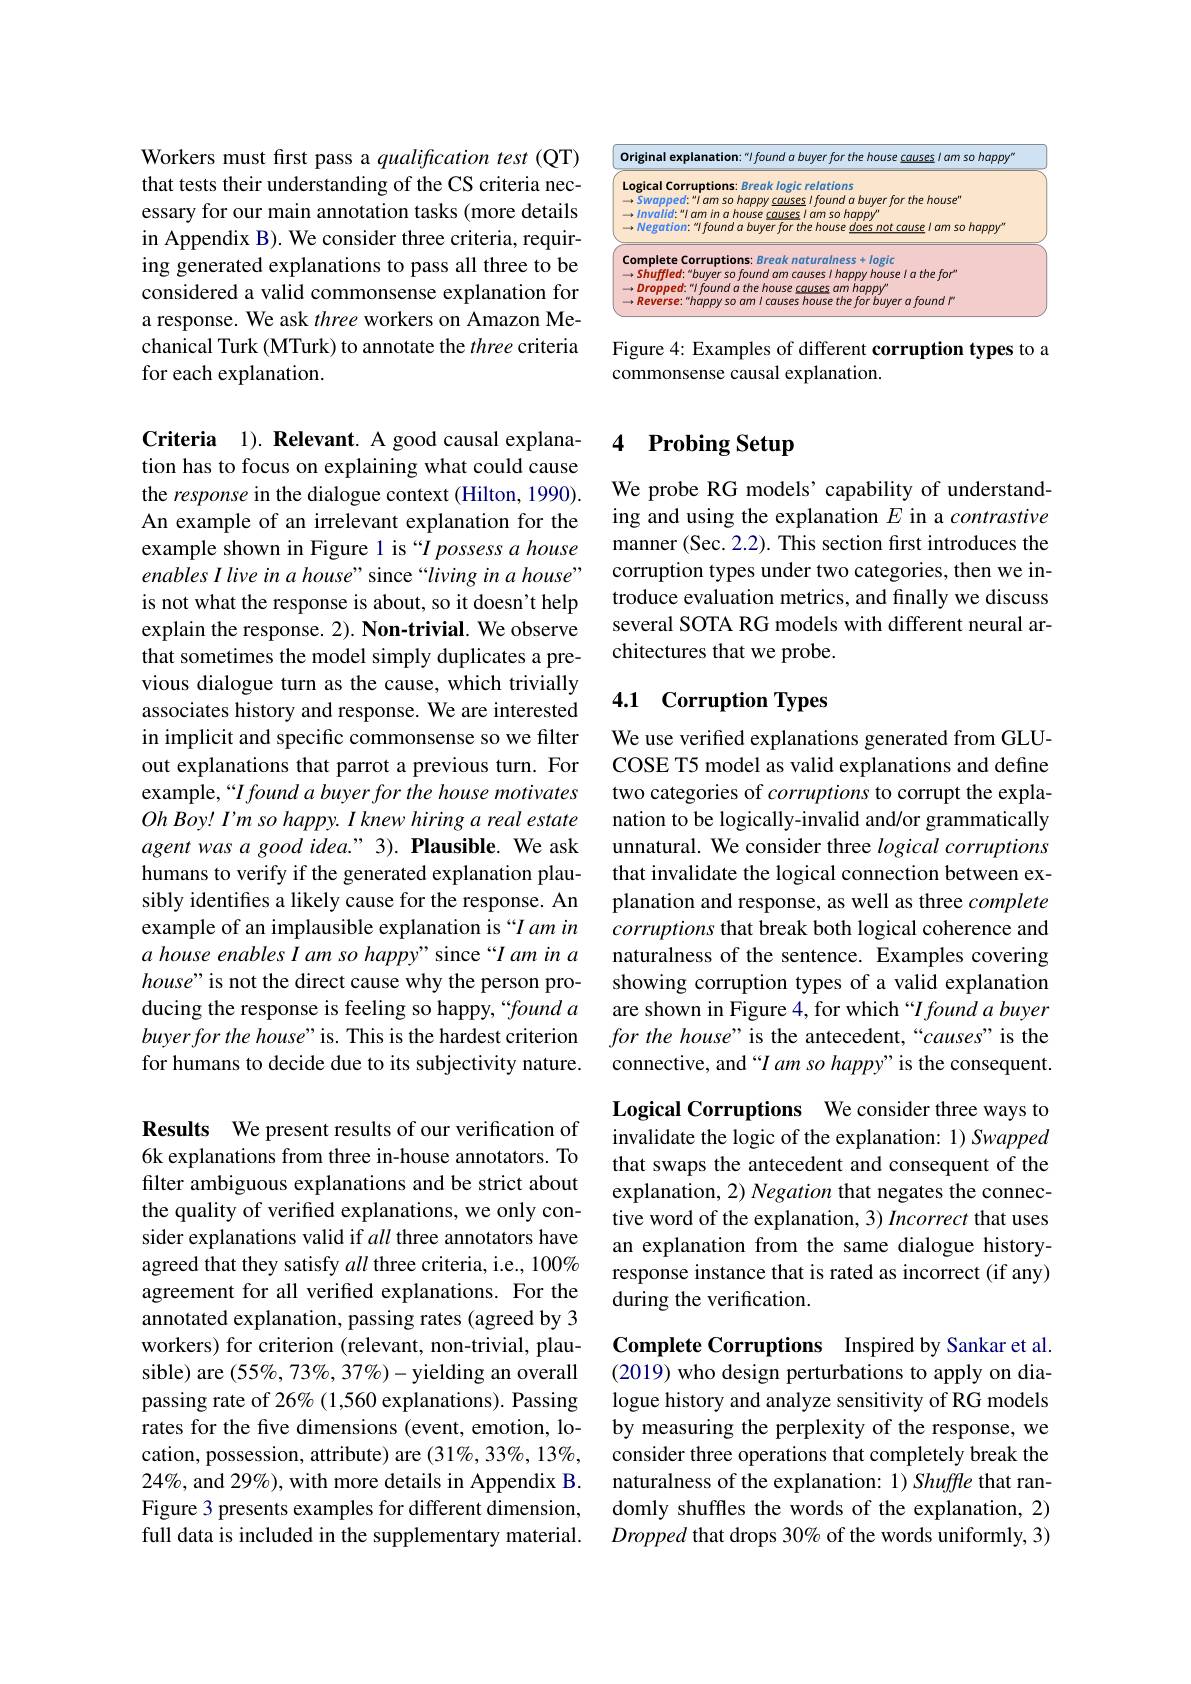
Workers must first pass a qualification test (QT) that tests their understanding of the CS criteria necessary for our main annotation tasks (more details in Appendix B). We consider three criteria, requiring generated explanations to pass all three to be considered a valid commonsense explanation for a response. We ask three workers on Amazon Mechanical Turk (MTurk) to annotate the three criteria for each explanation.

Criteria 1). Relevant. A good causal explanation has to focus on explaining what could cause the response in the dialogue context (Hilton, 1990). An example of an irrelevant explanation for the example shown in Figure 1 is “I possess a house enables I live in a house" since “living in a house” is not what the response is about, so it doesn't help explain the response. 2). Non-trivial. We observe that sometimes the model simply duplicates a previous dialogue turn as the cause, which trivially associates history and response. We are interested in implicit and specific commonsense so we filter out explanations that parrot a previous turn. For example,“I found a buyer for the house motivates Oh Boy! I'm so happy. I knew hiring a real estate agent was a good idea." 3). Plausible. We ask humans to verify if the generated explanation plausibly identifies a likely cause for the response. An example of an implausible explanation is “I am in a house enables I am so happy" since “I am in a house" is not the direct cause why the person producing the response is feeling so happy,“found a $buyerforthe\textit{house" is. This is the hardest criterion}$ for humans to decide due to its subjectivity nature.

Results We present results of our verification of 6k explanations from three in-house annotators. To filter ambiguous explanations and be strict about the quality of verified explanations, we only consider explanations valid if all three annotators have agreed that they satisfy all three criteria, i.e., 100% agreement for all verified explanations. For the annotated explanation, passing rates (agreed by 3 workers) for criterion (relevant, non-trivial, plausible) are $(55\%,73\%,37\%)-$yielding an overall passing rate of 26% (1,560 explanations). Passing rates for the five dimensions (event, emotion, location, possession, attribute) are (31%, 33%, 13%, $24\%$, and 29%), with more details in Appendix B. Figure 3 presents examples for different dimension, full data is included in the supplementary material.

<FigureHere>

Figure 4: Examples of different corruption types to a
commonsense causal explanation.

## 4 Probing Setup

We probe RG models’ capability of understanding and using the explanation $E$ in a contrastive manner (Sec. 2.2). This section frst introduces the corruption types under two categories, then we introduce evaluation metrics, and finally we discuss several SOTA RG models with different neural architectures that we probe.

### 4.1 Corruption Types

We use verified explanations generated from GLUCOSE T5 model as valid explanations and define two categories of corruptions to corrupt the explanation to be logically-invalid and/or grammatically unnatural. We consider three logical corruptions that invalidate the logical connection between explanation and response, as well as three complete corruptions that break both logical coherence and naturalness of the sentence. Examples covering showing corruption types of a valid explanation are shown in Figure 4, for which “I found a buyer for the house" is the antecedent,“causes”is the connective, and “I am so happy" is the consequent.

Logical Corruptions We consider three ways to invalidate the logic of the explanation: 1) Swapped that swaps the antecedent and consequent of the explanation, 2) Negation that negates the connective word of the explanation, 3) Incorrect that uses an explanation from the same dialogue historyresponse instance that is rated as incorrect (if any) during the verification.

Complete Corruptions Inspired by Sankar et al. (2019) who design perturbations to apply on dialogue history and analyze sensitivity of RG models by measuring the perplexity of the response, we consider three operations that completely break the naturalness of the explanation: 1) Shuffle that randomly shuffles the words of the explanation, 2) Dropped that drops 30% of the words uniformly, 3)